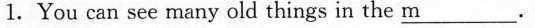
1.You can see many old things in the m _.